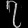
Digit: ၇